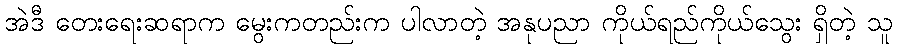
အဲဒီ တေးရေးဆရာက မွေးကတည်းက ပါလာတဲ့ အနုပညာ ကိုယ်ရည်ကိုယ်သွေး ရှိတဲ့ သူ